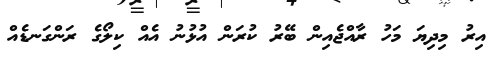
އިރު މިދިޔަ މަހު ރާއްޖެއިން ބޭރު ކުރަން އުޅުނު އެއް ކިލޯގެ ރަންގަނޑެއް